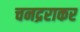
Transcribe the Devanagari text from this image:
चनद्रराकर